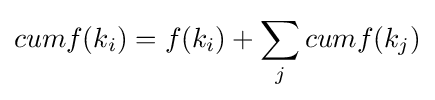
cumf(k_{i})=f(k_{i})+\sum _{j}cumf(k_{j})